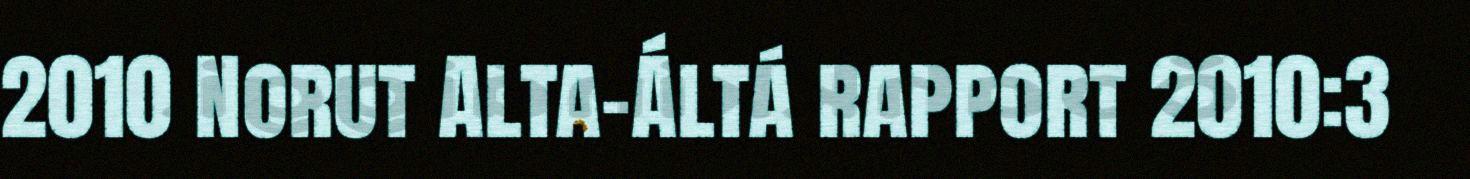
2010 Norut Alta-Áltá rapport 2010:3